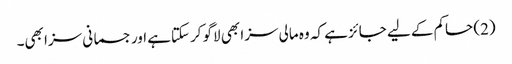
(2) حاکم کے لیے جائز ہے کہ وہ مالی سزا بھی لاگو کرسکتاہے اور جسمانی سزا بھی۔